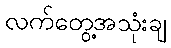
လက်တွေ့အသုံးချ